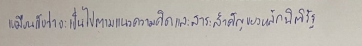
เหมือนกับว่าจะเป็นไปตามแนวความคิดและสาระสำคัญของหลักนิติรัฐ